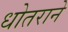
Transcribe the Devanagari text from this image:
धोतराने